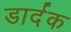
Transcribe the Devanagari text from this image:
डार्दक